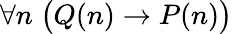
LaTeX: \forall n\; {\bigl(}Q(n)\rightarrow P(n){\bigr)}